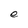
Character: e